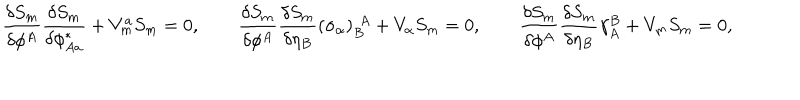
\frac { \delta S _ { m } } { \delta \phi ^ { A } } \frac { \delta S _ { m } } { \delta \phi _ { A a } ^ { * } } + V _ { m } ^ { a } S _ { m } = 0 , \qquad \frac { \delta S _ { m } } { \delta \phi ^ { A } } \frac { \delta S _ { m } } { \delta \eta _ { B } } ( \sigma _ { \alpha } ) _ { B } ^ { ~ ~ \! A } + V _ { \alpha } S _ { m } = 0 , \qquad \frac { \delta S _ { m } } { \delta \phi ^ { A } } \frac { \delta S _ { m } } { \delta \eta _ { B } } \gamma _ { A } ^ { B } + V _ { m } S _ { m } = 0 ,